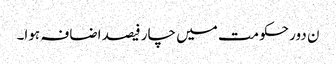
ن دور حکومت میں چار فیصد اضافہ ہوا۔